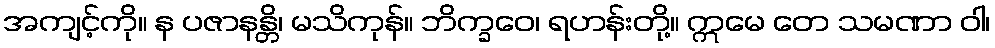
အကျင့်ကို။ န ပဇာနန္တိ၊ မသိကုန်။ ဘိက္ခဝေ၊ ရဟန်းတို့။ ဣမေ တေ သမဏာ ဝါ၊